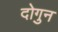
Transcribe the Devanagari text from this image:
दोगुन